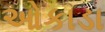
ઓકાડા